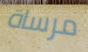
مرساة